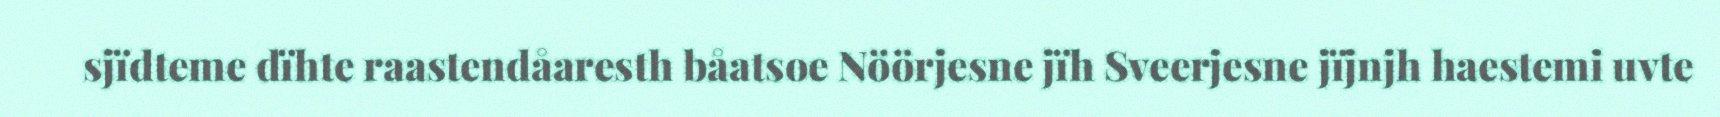
sjïdteme dïhte raastendåaresth båatsoe Nöörjesne jïh Sveerjesne jïjnjh haestemi uvte